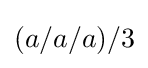
(a/a/a)/3